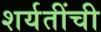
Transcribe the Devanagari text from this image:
शर्यतींची